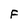
Character: F